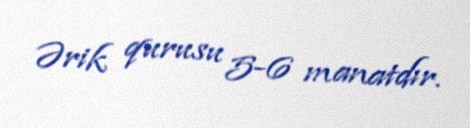
Ərik qurusu 5-6 manatdır.